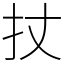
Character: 扙